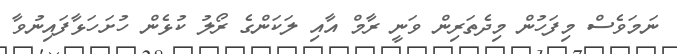
ނަމަވެސް މިފަހުން މިދެތަރިން ވަނީ ރާމް އާއި ލަކަންގެ ރޯލު ކުޅެން ހުށަހަޅާފައިނުވާ